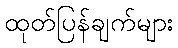
ထုတ်ပြန်ချက်များ